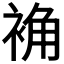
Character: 𫋽